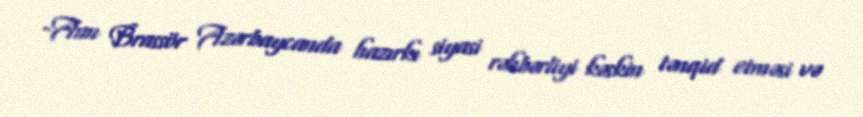
-Ann Brassör Azərbaycanda hazırkı siyasi rəhbərliyi kəskin tənqid etməsi və